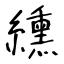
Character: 纁